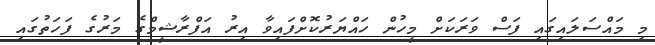
މި މައްސަލައިގައި ފަސް ވަރަކަށް މީހުން ހައްޔަރުކޮށްފައިވާ އިރު އަފްރާޝީމްގެ މަރުގެ ފަހަތުގައި